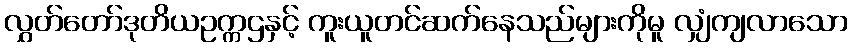
လွှတ်တော်ဒုတိယဥက္ကဌနှင့် ကူးယူတင်ဆက်နေသည်များကိုမူ လျှံကျလာသော